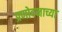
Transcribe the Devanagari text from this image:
प्रणोदनाच्या